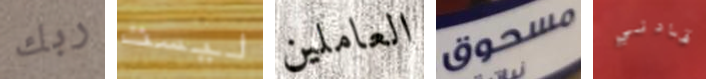
ربك ليست العاملين مسحوق قادني